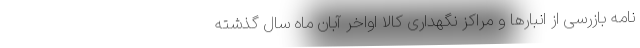
نامه بازرسی از انبارها و مراکز نگهداری کالا اواخر آبان ماه سال گذشته